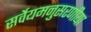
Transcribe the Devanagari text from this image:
सर्वेयमनुसरणीया